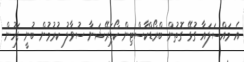
އެ މައްސަލައާ ގުޅޭ ގޮތުން ބްރޯޑްކާސްޓިން ކޯޕަރޭޝަނާ ސުވާލު ކުރުމުން ބުނީ ފަހުން